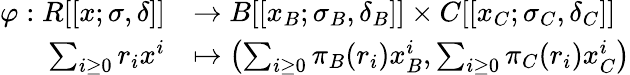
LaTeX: \begin{array}{rl}{\varphi:R[[x;\sigma,\delta]]}&{\to B[[x_{B};\sigma_{B},\delta_{B}]]\times C[[x_{C};\sigma_{C},\delta_{C}]]}\\ {\sum_{i\geq 0}r_{i}x^{i}}&{\mapsto\left(\sum_{i\geq 0}\pi_{B}(r_{i})x_{B}^{i},\sum_{i\geq 0}\pi_{C}(r_{i})x_{C}^{i}\right)}\end{array}